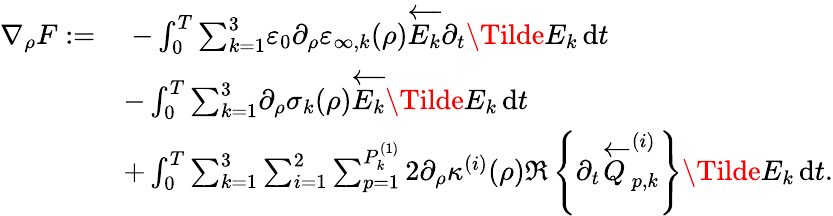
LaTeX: \begin{array}{rl}{\nabla_{\rho}F:=}&{\; -\int_{0}^{T}{\sum_{k=1}^{3}}\varepsilon_{0}\partial_{\rho}\varepsilon_{\infty,k}(\rho)\overleftarrow{E_{k}}\partial_{t}\Tilde{E}_{k}\, \mathrm{d}t}\\ &{-\int_{0}^{T}{\sum_{k=1}^{3}}\partial_{\rho}\sigma_{k}(\rho)\overleftarrow{E_{k}}\Tilde{E}_{k}\, \mathrm{d}t}\\ &{+\int_{0}^{T}{\sum_{k=1}^{3}}\sum_{i=1}^{2}\sum_{p=1}^{P_{k}^{(1)}}2\partial_{\rho}\kappa^{(i)}(\rho)\Re\left\{ \partial_{t}\overleftarrow{Q}_{p,k}^{(i)}\right\} \Tilde{E}_{k}\, \mathrm{d}t.}\end{array}